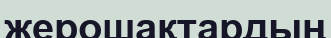
жерошақтардың